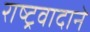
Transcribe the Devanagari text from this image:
राष्ट्रवादाने